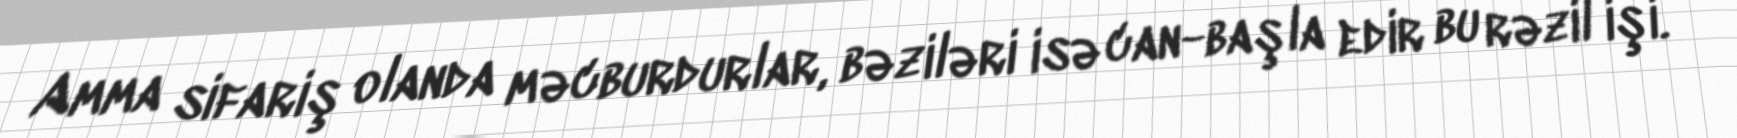
Amma sifariş olanda məcburdurlar, bəziləri isə can-başla edir bu rəzil işi.